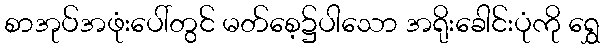
စာအုပ်အဖုံးပေါ်တွင် မတ်စေ့၌ပါသော အရိုးခေါင်းပုံကို ရွှေ